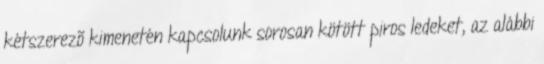
kétszerezõ kimenetén kapcsolunk sorosan kötött piros ledeket, az alábbi